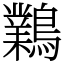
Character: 鸈